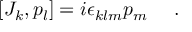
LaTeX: [ J _ { k } , p _ { l } ] = i \epsilon _ { k l m } p _ { m } ~ ~ ~ ~ .